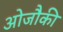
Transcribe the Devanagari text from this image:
ओजौकी